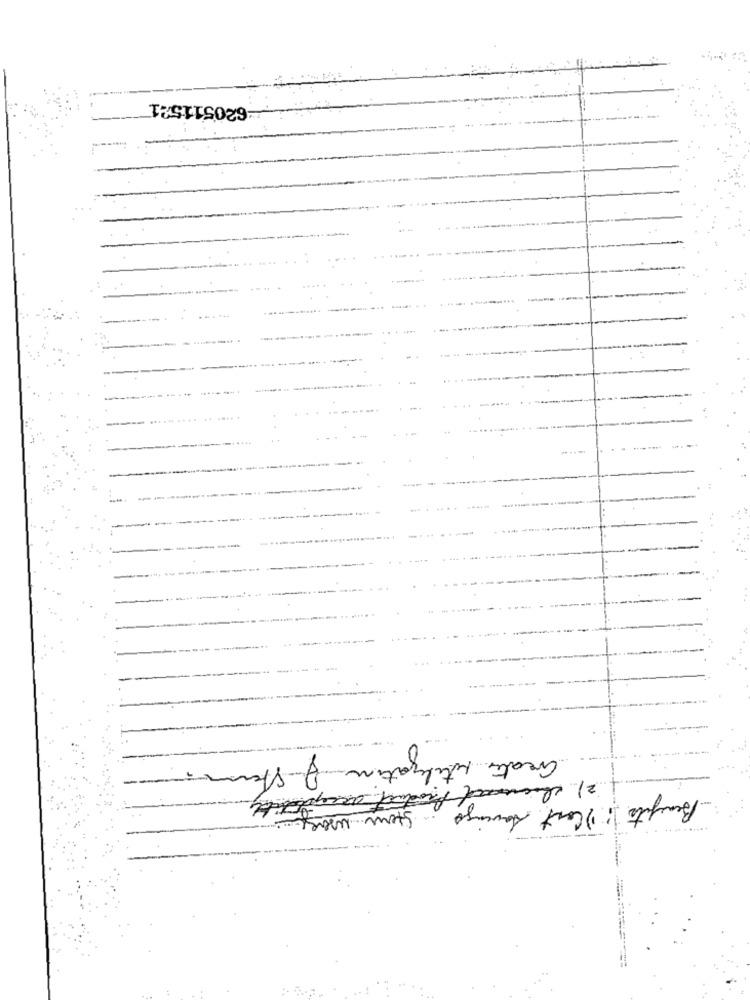
-620511521
0
Creates utilization J Ster
Benefits ! ! ) Cost savings
Stern usa
.....